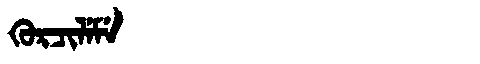
Manchu: ᡴᡠᡵᠴᡳᠯᡝᠮᡝ
Romanization: KURCILEME